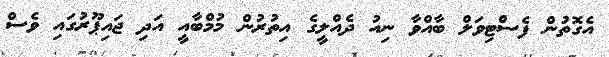
އެގޮތުން ފެސްޓިވަލް ބާއްވާ ނިއު ދެއްލީގެ އިތުރުން މުމްބާއީ އަދި ޖައިޕޫރުގައި ވެސް